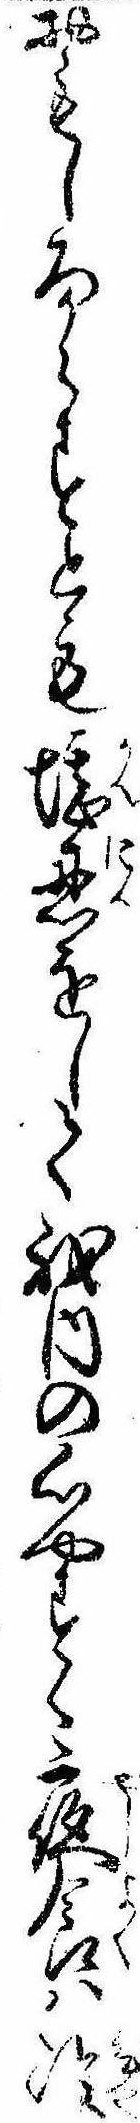
おもしろからすとも堪忍をして我内の心やすく夜食は冷